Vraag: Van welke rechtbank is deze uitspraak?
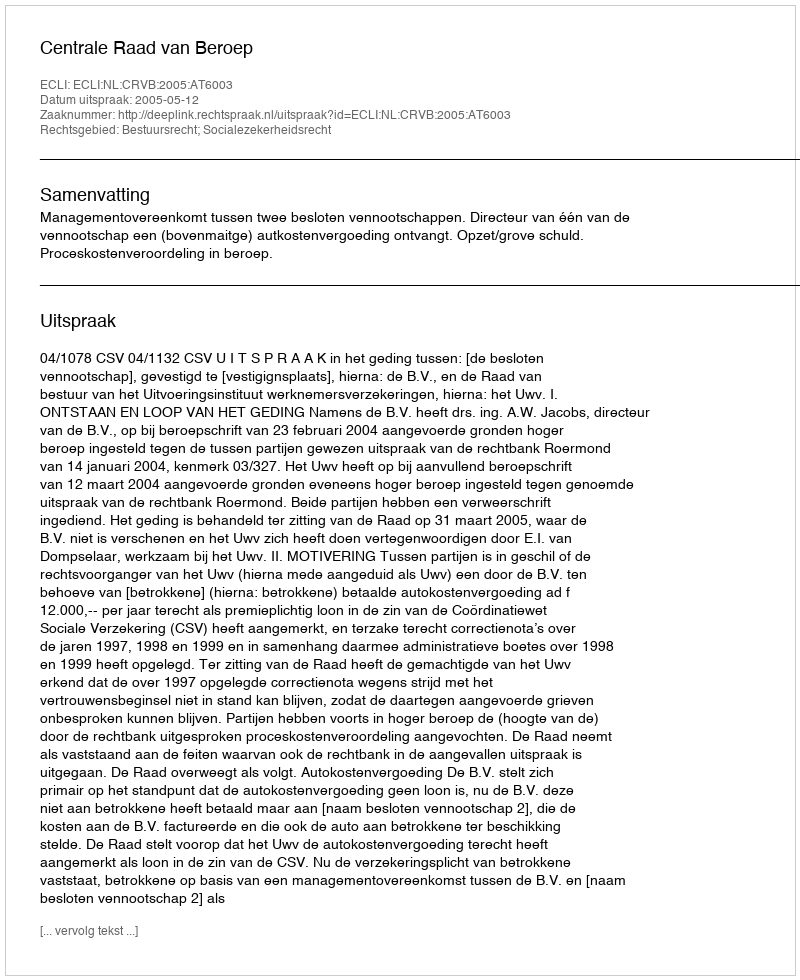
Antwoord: Centrale Raad van Beroep